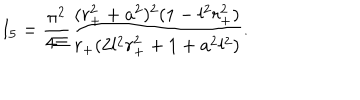
I _ { 5 } = \frac { \pi ^ { 2 } } { 4 \Xi } \frac { ( r _ { + } ^ { 2 } + a ^ { 2 } ) ^ { 2 } ( 1 - l ^ { 2 } r _ { + } ^ { 2 } ) } { r _ { + } ( 2 l ^ { 2 } r _ { + } ^ { 2 } + 1 + a ^ { 2 } l ^ { 2 } ) } .